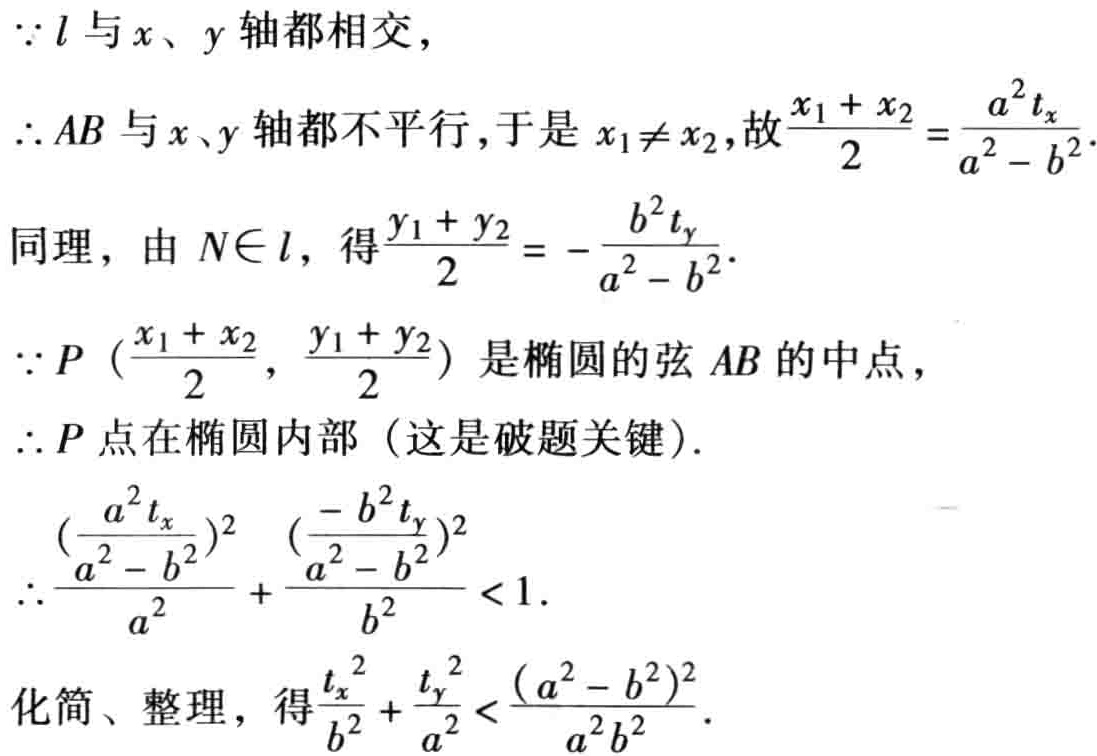
\(\because l\)与\(x\)、\(y\)轴都相交，

\(\therefore AB\)与\(x\)、\(y\)轴都不平行，于是\(x_1\neq x_2\)，故\(\frac{x_1 + x_2}{2}=\frac{a^2t_x}{a^2 - b^2}\).

同理，由\(N\in l\)，得\(\frac{y_1 + y_2}{2}=-\frac{b^2t_y}{a^2 - b^2}\).

\(\because P (\frac{x_1 + x_2}{2}, \frac{y_1 + y_2}{2})\)是椭圆的弦\(AB\)的中点，

\(\therefore P\)点在椭圆内部（这是破题关键）.

\(\therefore \frac{(\frac{a^2t_x}{a^2 - b^2})^2}{a^2}+\frac{(\frac{-b^2t_y}{a^2 - b^2})^2}{b^2}<1\).

化简、整理，得\(\frac{t_x^2}{b^2}+\frac{t_y^2}{a^2}<\frac{(a^2 - b^2)^2}{a^2b^2}\).